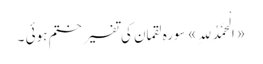
«اَلْحَمْدُ لِلہِ» سورہ لقمان کی تفسیر ختم ہوئی ۔